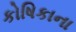
કોષિકાના